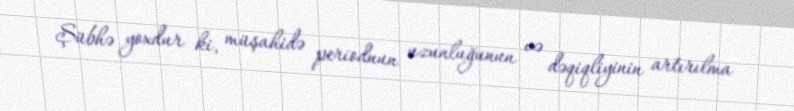
Şübhə yoxdur ki, müşahidə periodnun uzunluğunun və dəqiqliyinin artırılma